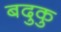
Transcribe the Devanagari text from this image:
बदुकु